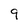
Character: 9